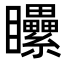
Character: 𥍔